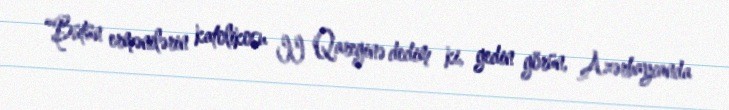
“Bütün ermənilərin katolikosu II Qareginə dedim ki, gedin görün, Azərbaycanda